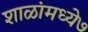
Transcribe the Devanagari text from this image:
शाळांमध्ये७